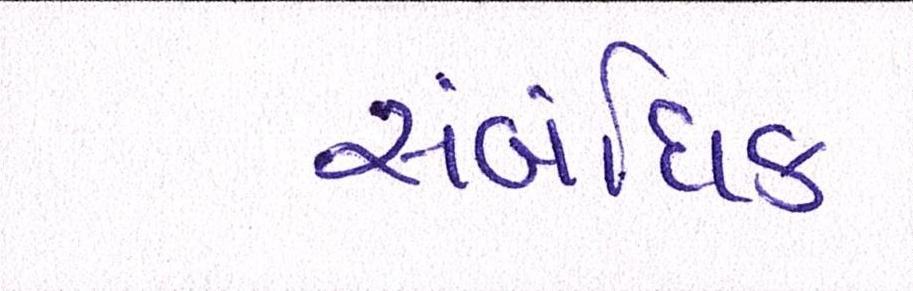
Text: સંબંધિક